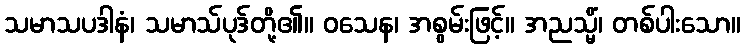
သမာသပဒါနံ၊ သမာသ်ပုဒ်တို့၏။ ဝသေန၊ အစွမ်းဖြင့်။ အညသ္မိံ၊ တစ်ပါးသော။